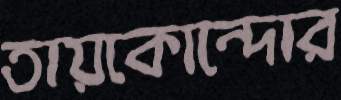
তায়কোন্দোর